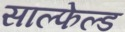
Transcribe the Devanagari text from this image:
साल्फेल्ड